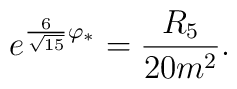
e^{{6\over\sqrt{15}}\varphi_*}={R_5\over20m^2}.